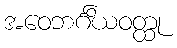
အဝေဘင်္ဂိယဝတ္ထု